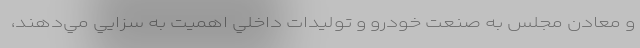
و معادن مجلس به صنعت خودرو و توليدات داخلي اهميت به سزايي مي‌دهند،